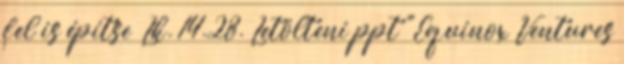
fel is építse” Lk. 14.28. Letölteni ppt "Equinox Ventures